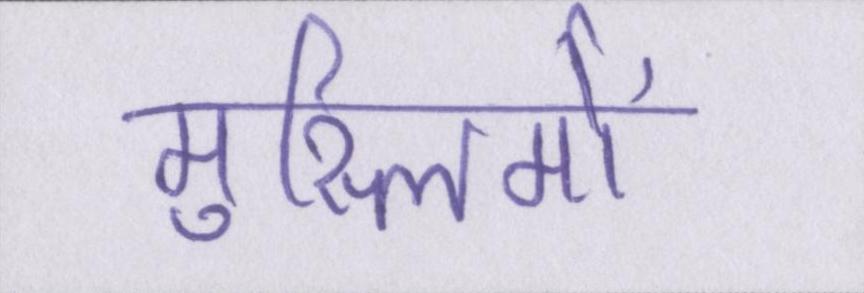
मुस्लिमों